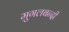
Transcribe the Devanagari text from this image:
मुगलबन्दी